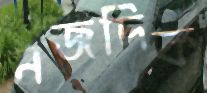
নজদিক